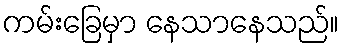
ကမ်းခြေမှာ နေသာနေသည်။